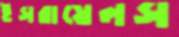
ইসরায়েলস